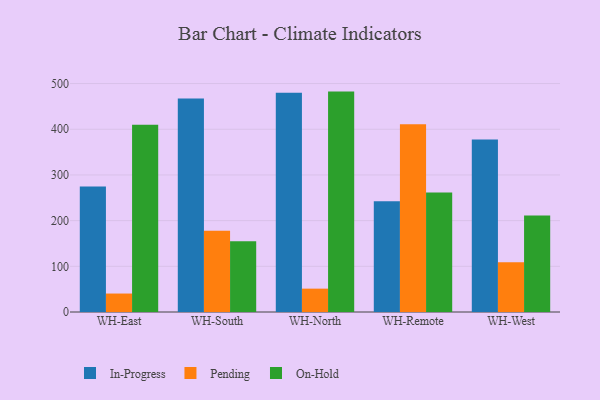
{"axis": {"x": "Warehouse", "y": "Tickets Resolved"}, "legend": ["In-Progress", "On-Hold", "Pending"], "data": [{"x": "WH-East", "y": 274.6, "type": "In-Progress"}, {"x": "WH-East", "y": 40.4, "type": "Pending"}, {"x": "WH-East", "y": 409.6, "type": "On-Hold"}, {"x": "WH-South", "y": 467.3, "type": "In-Progress"}, {"x": "WH-South", "y": 178.1, "type": "Pending"}, {"x": "WH-South", "y": 154.8, "type": "On-Hold"}, {"x": "WH-North", "y": 479.7, "type": "In-Progress"}, {"x": "WH-North", "y": 51.1, "type": "Pending"}, {"x": "WH-North", "y": 482.4, "type": "On-Hold"}, {"x": "WH-Remote", "y": 242.6, "type": "In-Progress"}, {"x": "WH-Remote", "y": 411.1, "type": "Pending"}, {"x": "WH-Remote", "y": 261.6, "type": "On-Hold"}, {"x": "WH-West", "y": 377.5, "type": "In-Progress"}, {"x": "WH-West", "y": 108.8, "type": "Pending"}, {"x": "WH-West", "y": 211.1, "type": "On-Hold"}]}